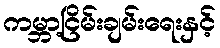
ကမ္ဘာ့ငြိမ်းချမ်းရေးနှင့်